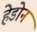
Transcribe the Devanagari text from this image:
हेडोन